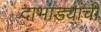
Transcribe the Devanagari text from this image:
दाभाड्यांची